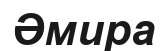
Әмира